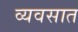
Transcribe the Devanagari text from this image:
व्यवसात